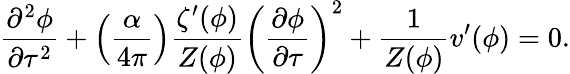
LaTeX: \frac{\partial^{2}\phi}{\partial\tau^{2}}+\left(\frac{\alpha}{4\pi}\right)\frac{\zeta^{\prime}(\phi)}{Z(\phi)}\left(\frac{\partial\phi}{\partial\tau}\right)^{2}+\frac{1}{Z(\phi)}v^{\prime}(\phi)=0.